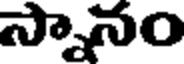
స్నానం